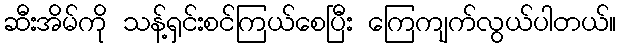
ဆီးအိမ်ကို သန့်ရှင်းစင်ကြယ်စေပြီး ကြေကျက်လွယ်ပါတယ်။